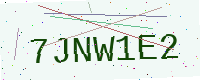
Text: 7JNW1E2